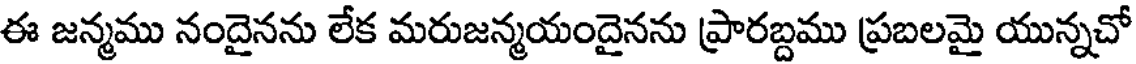
ఈ జన్మము నందైనను లేక మరుజన్మయందైనను ప్రారబ్దము ప్రబలమై యున్నచో